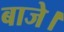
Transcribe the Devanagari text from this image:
बाजे।